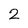
Character: 2